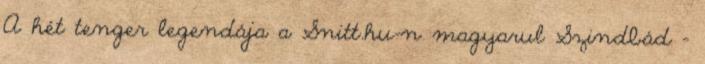
A hét tenger legendája a Snitt.hu-n magyarul Szindbád –